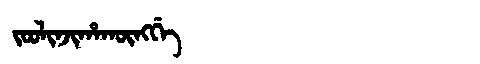
Manchu: ᠵᠣᠣᠯᡳᠨᠵᡳᡥᠠᡴᡡᠩᡤᡝ
Romanization: JOOLINJIHAKŪNGGE